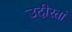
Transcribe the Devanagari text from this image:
उदीरतां